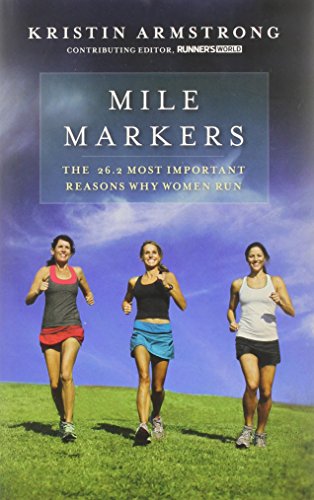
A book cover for Mile Markers: The 26.2 Most Important Reasons Why Women Run; Kristin Armstrong; Sports & Outdoors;